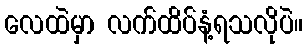
လေထဲမှာ လက်ထိပ်နံ့ရသလိုပဲ။